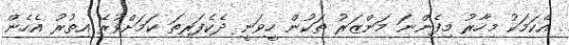
އެކަމަކު މިހާރު މިފެންނަ މަންޒަރު ތަކުން ހީވަނީ ދެކެފަރިތަ ކަމަށްވުރެ އިތުރު އެހެން